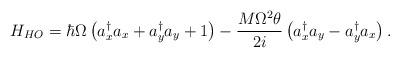
LaTeX: \begin{align*}H_{HO}=\hbar \Omega \left( a_x^{\dagger}a_x+a_y^{\dagger}a_y+1\right)-\frac{M\Omega^{2}\theta}{2i}\left(a_x^{\dagger}a_y-a_y^{\dagger}a_x\right).\end{align*}